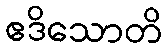
ဧဒိသောတိ